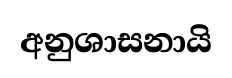
අනුශාසනායි